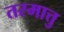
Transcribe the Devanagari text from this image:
तस्मात्तु